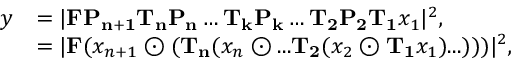
\begin{array} { r l } { y } & { = | \mathbf { F } \mathbf { P _ { n + 1 } } \mathbf { T _ { n } } \mathbf { P _ { n } } \dots \mathbf { T _ { k } } \mathbf { P _ { k } } \dots \mathbf { T _ { 2 } } \mathbf { P _ { 2 } } \mathbf { T _ { 1 } } x _ { 1 } | ^ { 2 } , } \\ & { = | \mathbf { F } ( x _ { n + 1 } \odot ( \mathbf { T _ { n } } ( x _ { n } \odot . . . \mathbf { T _ { 2 } } ( x _ { 2 } \odot \mathbf { T _ { 1 } } x _ { 1 } ) . . . ) ) ) | ^ { 2 } , } \end{array}